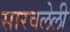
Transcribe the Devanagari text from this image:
सारवलेली